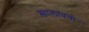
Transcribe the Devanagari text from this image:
खालावतो